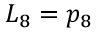
L _ { 8 } = p _ { 8 }